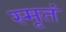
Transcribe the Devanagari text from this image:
स्मृतं